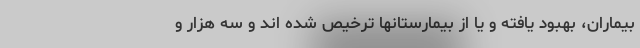
بیماران، بهبود یافته و یا از بیمارستانها ترخیص شده اند و سه هزار و